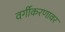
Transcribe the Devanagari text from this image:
वर्गीकरणावर